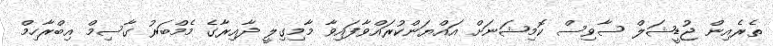
ތެރެއިން ޖުޑީޝަލް ސާވިސް ކޮމިޝަނަށް އައްޔަންކުރައްވާފައިވާ މާމިގިލީ ދާއިރާގެ މެމްބަރު ގާސިމް އިބްރާހިމް